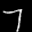
Label: 7